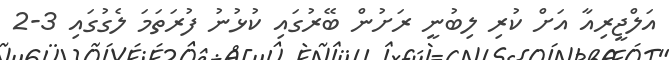
އަލްޖީރިއާ އަށް ކުރި ލިބުނީ ރަށުން ބޭރުގައި ކުޅުނު ފުރަތަމަ ލެގުގައި 3-2